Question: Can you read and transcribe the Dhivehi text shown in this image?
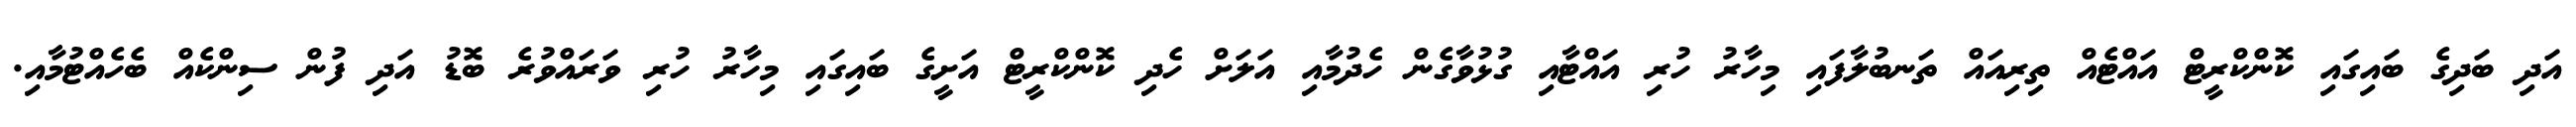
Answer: އަދި ބަދިގެ ބައިގައި ކޮންކްރީޓް އައްޓެއް ތިރިއައް ތަނބުލާފައި މިހާރު ހުރި އައްޓާއި ގުޅުވާގެން ހެދުމާއި އަލަށް ހެދި ކޮންކްރީޓް އަށީގެ ބައިގައި މިހާރު ހުރި ވަރައްވުރެ ބޮޑު އަދި ފުން ސިންކެއް ބެހެއްޓުމާއި.